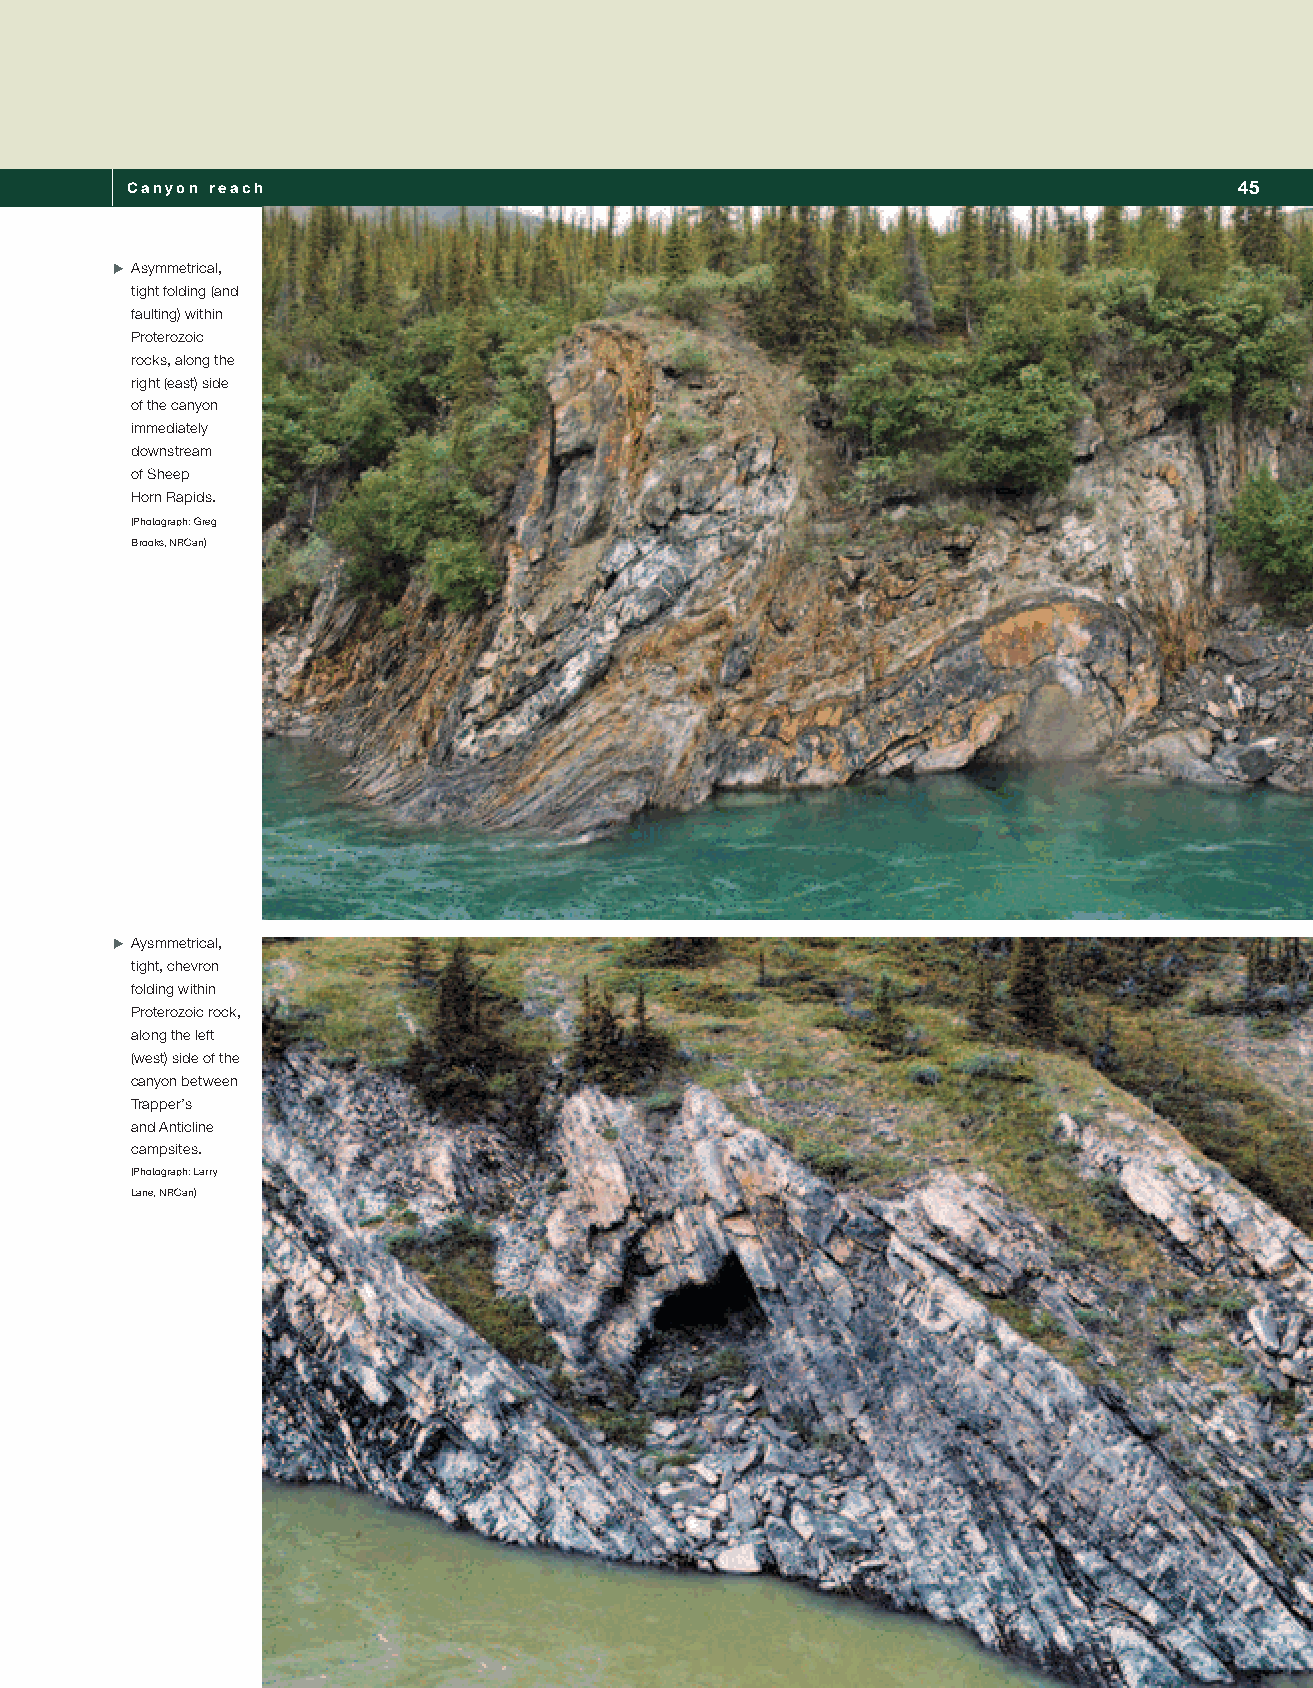
Canyon reach                                                              45
 XXAsymmetrical,
 tight folding (and
 faulting) within
 Proterozoic
 rocks, along the
 right (east) side
 of the canyon
 immediately
 downstream
 of Sheep
 Horn Rapids.
 (Photograph: Greg
 Brooks, NRCan)
 XXAysmmetrical,
 tight, chevron
 folding within
 Proterozoic rock,
 along the left
 (west) side of the
 canyon between
 Trapper’s
 and Anticline
 campsites.
 (Photograph: Larry
 Lane, NRCan)